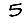
Digit: 5